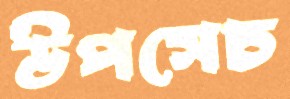
উপসেচ